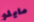
مايلو